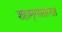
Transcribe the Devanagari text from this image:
शहामृगासारखा